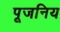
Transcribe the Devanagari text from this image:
पूजनिय